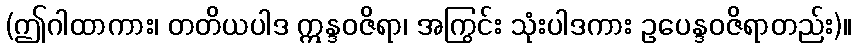
(ဤဂါထာကား၊ တတိယပါဒ ဣန္ဒဝဇိရာ၊ အကြွင်း သုံးပါဒကား ဥပေန္ဒဝဇိရာတည်း)။